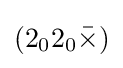
(2_{0}2_{0}{\bar {\times }})